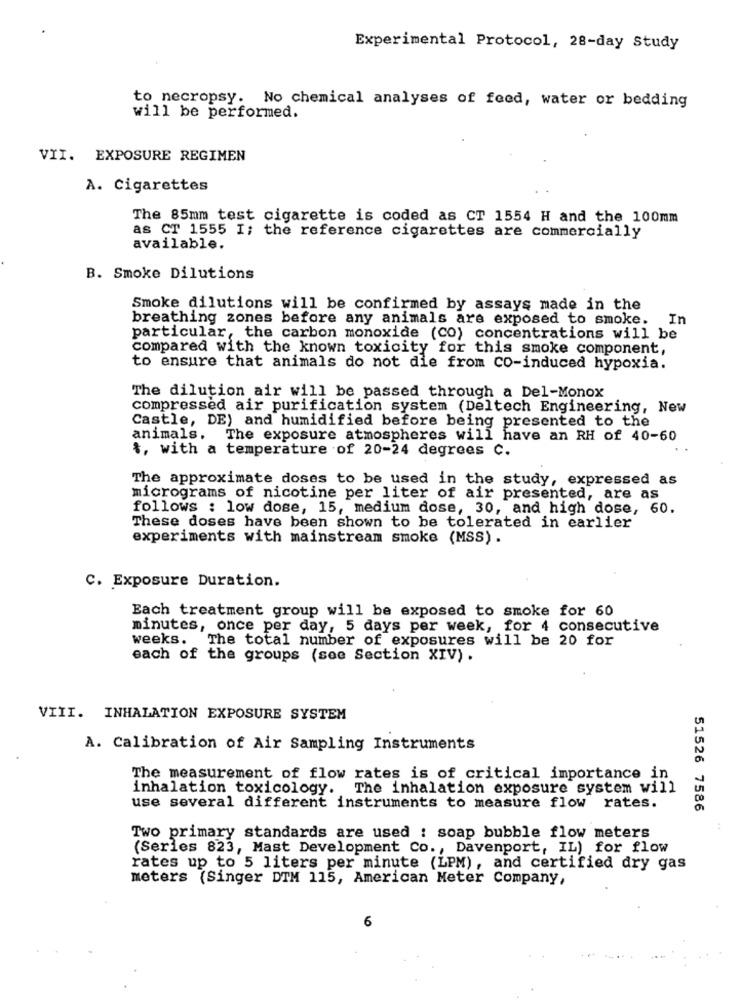
Experimental Protocol, 28-day Study
to necropsy. No chemical analyses of feed, water or bedding
will be performed.
VII. EXPOSURE REGIMEN
A. Cigarettes
The 85mm test cigarette is coded as CT 1554 H and the 100mm
as CT 1555 I; the reference cigarettes are commercially
available.
B. Smoke Dilutions
Smoke dilutions will be confirmed by assays made in the
breathing zones before any animals are exposed to smoke.
In
particular, the carbon monoxide (CO) concentrations will be
compared with the known toxicity for this smoke component,
to ensure that animals do not die from CO-induced hypoxia.
The dilution air will be passed through a Del-Monox
compressed air purification system (Deltech Engineering, New
Castle, DE) and humidified before being presented to the
animals.
The exposure atmospheres will have an RH of 40-60
*, with a temperature of 20-24 degrees c.
The approximate doses to be used in the study, expressed as
micrograms of nicotine per liter of air presented, are as
follows : low dose, 15, medium dose, 30, and high dose, 60.
These doses have been shown to be tolerated in earlier
experiments with mainstream smoke (MSS) .
C. Exposure Duration.
Each treatment group will be exposed to smoke for 60
minutes, once per day, 5 days per week, for 4 consecutive
weeks. The total number of exposures will be 20 for
each of the groups (see Section XIV) .
VIII. INHALATION EXPOSURE SYSTEM
A. Calibration of Air Sampling Instruments
The measurement of flow rates is of critical importance in
inhalation toxicology. The inhalation exposure system will
use several different instruments to measure flow rates.
51526 7586
Two primary standards are used : soap bubble flow meters
(Series 823, Mast Development Co ., Davenport, IL) for flow
rates up to 5 liters per minute (LPM), and certified dry gas
meters (Singer DTM 115, American Meter Company,
6